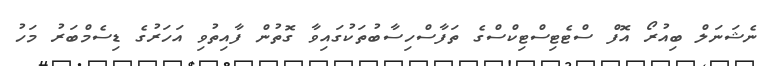
ނެޝަނަލް ބިއުރޯ އޮފް ސްޓެޓިސްޓިކްސްގެ ތަފާސްހިސާބުތަކުގައިވާ ގޮތުން ފާއިތުވި އަހަރުގެ ޑިސެމްބަރު މަހު